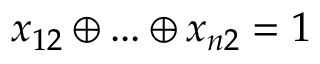
x _ { 1 2 } \oplus . . . \oplus x _ { n 2 } = 1